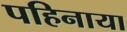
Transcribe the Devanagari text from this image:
पहिनाया